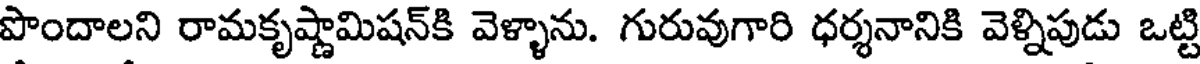
పొందాలని రామకృష్ణామిషన్కి వెళ్ళాను. గురువుగారి ధర్శనానికి వెళ్నిపుడు ఒట్టి